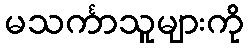
မသင်္ကာသူများကို